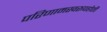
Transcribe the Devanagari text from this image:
परिणामस्वरूपहोती